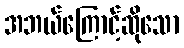
အဘယ်ကြောင့်ဆိုသော